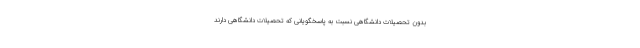
بدون تحصیلات دانشگاهی نسبت به پاسخگویانی که تحصیلات دانشگاهی دارند